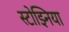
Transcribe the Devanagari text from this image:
स्टोझ्निया